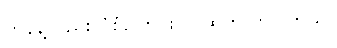
ဟန်နဲ့လည်း ပုံစံပြောင်းလဲ ထွက်လာပါတယ်။